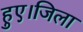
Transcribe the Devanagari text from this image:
हुए।जिला